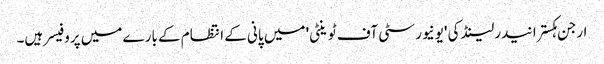
ارجن ہکسترا نیدرلینڈ کی 'یونیورسٹی آف ٹوینٹی' میں پانی کے انتظام کے بارے میں پروفیسر ہیں۔